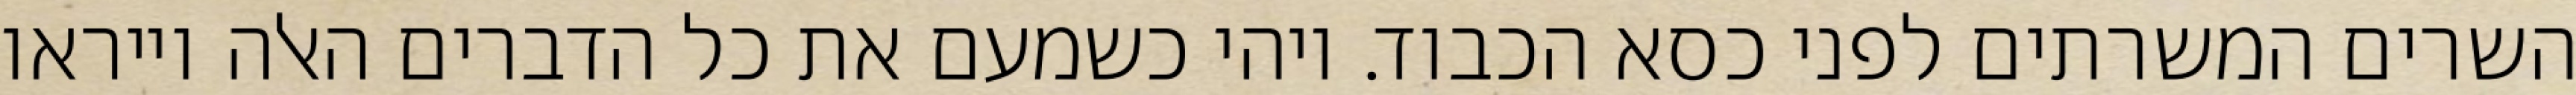
השרים המשרתים לפני כסא הכבוד. ויהי כשמעם את כל הדברים האלה וייראו